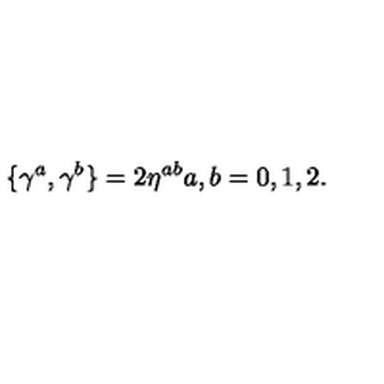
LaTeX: \{ \gamma ^ { a } , \gamma ^ { b } \} = 2 \eta ^ { a b } a , b = 0 , 1 , 2 .